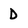
Character: D